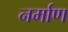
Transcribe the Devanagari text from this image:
नर्माण